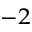
^ { - 2 }